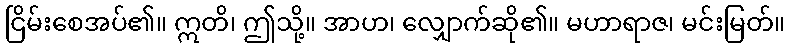
ငြိမ်းစေအပ်၏။ ဣတိ၊ ဤသို့။ အာဟ၊ လျှောက်ဆို၏။ မဟာရာဇ၊ မင်းမြတ်။